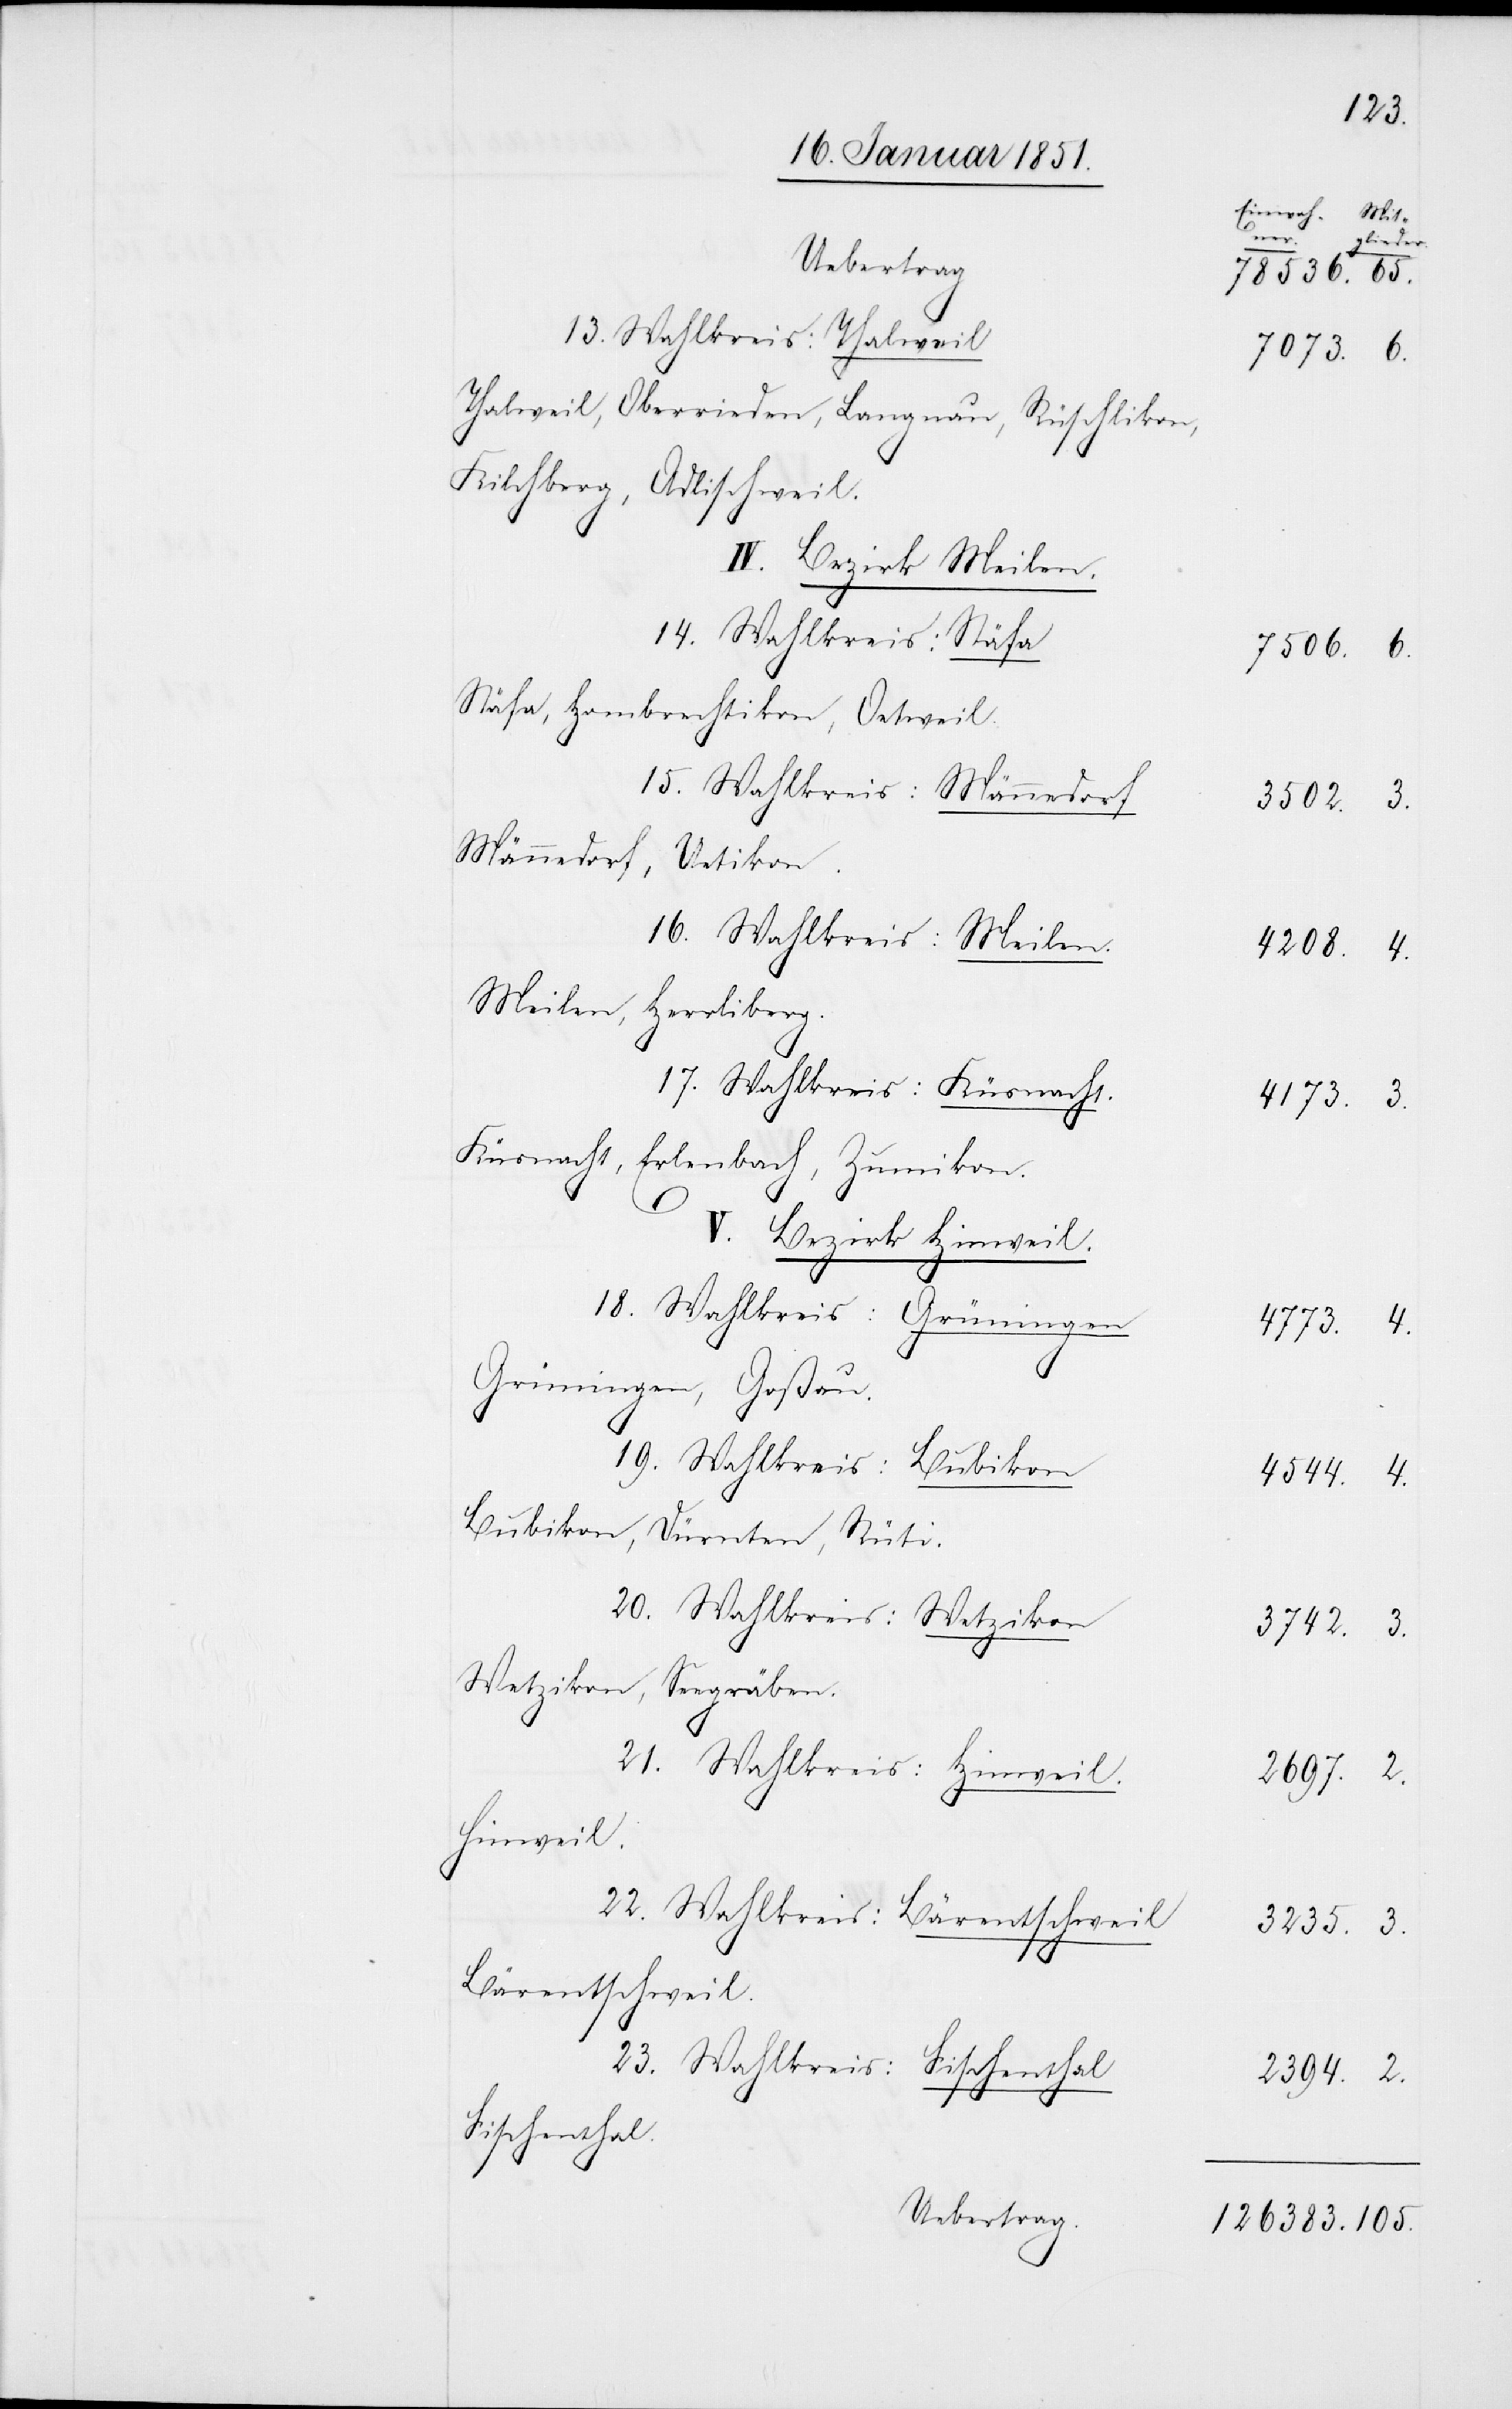
Uebertrag
13. Wahlkreis: Thalweil
Thalweil, Oberrieden, Langnau, Rüschlikon,
Kilchberg, Adlischweil.
IV. Bezirk Meilen.
14. Wahlkreis: Stäfa
Stäfa, Hombrechtikon, Oetweil.
15. Wahlkreis: Männedorf
Männedorf, Uetikon.
16. Wahlkreis: Meilen.
Meilen, Herrliberg.
17. Wahlkreis: Küsnacht.
Küsnacht, Erlenbach, Zumikon.
4.
V. Bezirk Hinweil.
18. Wahlkreis: Grüningen
Grüningen, Goßau.
19. Wahlkreis: Bubikon
Bubikon, Dürnten, Rüti.
20. Wahlkreis: Wetzikon
Wetzikon, Seegräben.
2.
21. Wahlkreis: Hinweil.
Hinweil.
22. Wahlkreis: Bärentschweil
Bärentschweil.
23. Wahlkreis:
Fischenthal.
Uebertrag.

105.
hner.
Mitglieder.
7073.
3502.
126383.
4773.
4544.
2697.
3235.